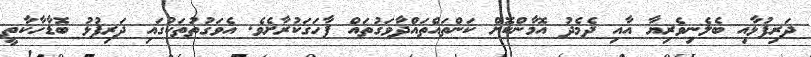
ދަރިފުޅާއި ބެލެނިވެރިޔާ އާއި ދެމެދު އޮމާންކޮށް ކަންތައްތައްދާވަގުތައް ފާހަގަކުރާށެވެ. އެވަގުތުތަކުގައި ދަރިފުޅު ބޮޑާހާކާތީ